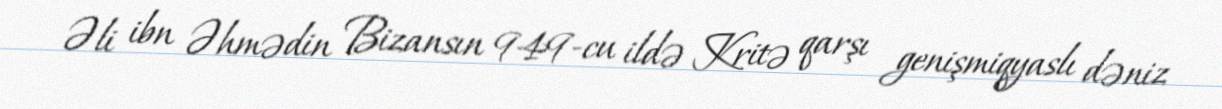
Əli ibn Əhmədin Bizansın 949-cu ildə Kritə qarşı genişmiqyaslı dəniz